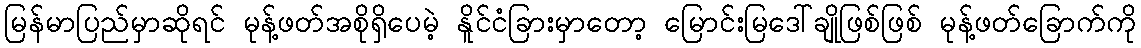
မြန်မာပြည်မှာဆိုရင် မုန့်ဖတ်အစိုရှိပေမဲ့ နိူင်ငံခြားမှာတော့ မြောင်းမြဒေါ်ချိုဖြစ်ဖြစ် မုန့်ဖတ်ခြောက်ကို